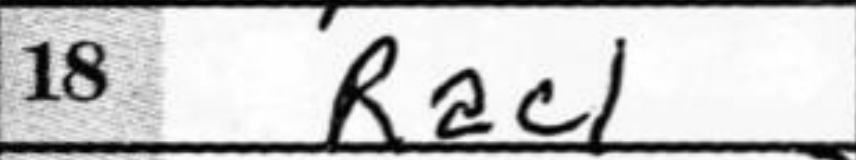
Transcription: Rac1